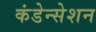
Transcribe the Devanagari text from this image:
कंडेन्सेशन